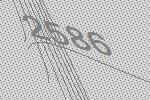
2586